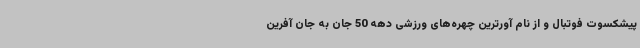
پیشکسوت فوتبال و از نام آورترین چهره‌های ورزشی دهه 50 جان به جان آفرین